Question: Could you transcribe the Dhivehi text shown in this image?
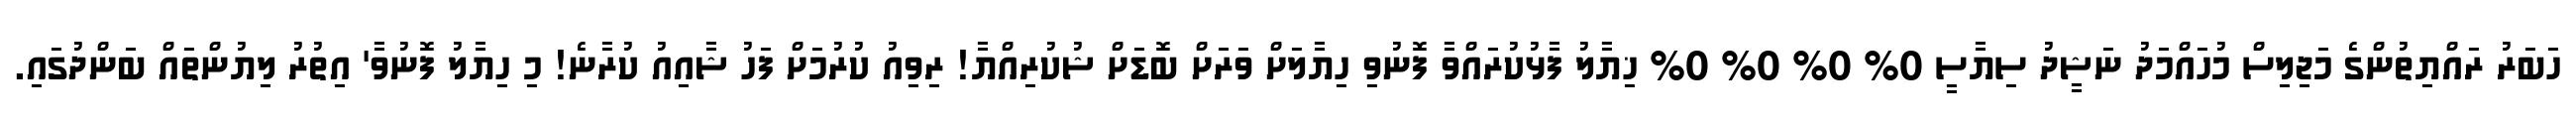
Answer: ހަބަރު ރައްޔިތުންގެ މަޖިލިސް މުހައްމަދު ނަޝީދު ސިޔާސީ 0% 0% 0% 0% ޚިޔާލު ފާޅުކުރައްވާ ފޮނުވި ހިޔާލަށް ވަރަށް ބޮޑަށް ޝުކުރިއްޔާ! ރިވިއު ކުރުމަށް ފަހު ޝާއިއު ކުރާނެ! މި ހިޔާލު ފޮނުވާ' އިތުރު ލިޔުންތައް ބަންދުގައި.